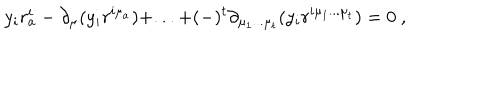
y _ { i } r _ { a } ^ { i } - \partial _ { \mu } ( y _ { i } r ^ { i \mu _ { a } } ) + . . . + ( - ) ^ { t } \partial _ { \mu _ { 1 } . . . \mu _ { t } } ( y _ { i } r ^ { i \mu _ { 1 } . . . \mu _ { t } } ) = 0 \ ,